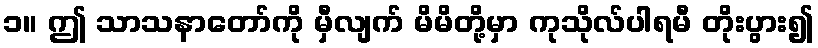
၁။ ဤ သာသနာတော်ကို မှီလျက် မိမိတို့မှာ ကုသိုလ်ပါရမီ တိုးပွား၍